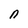
Character: n